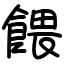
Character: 餵